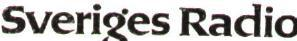
Sveriges Radio